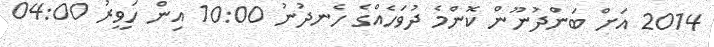
2014 އަށް ބަންދުނޫން ކޮންމެ ދުވަހެއްގެ ހެނދުނު 10:00 އިން ހަވީރު 04:00